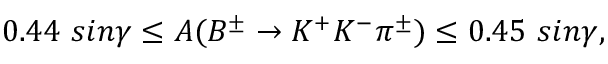
0 . 4 4 ~ s i n \gamma \leq A ( B ^ { \pm } \to K ^ { + } K ^ { - } \pi ^ { \pm } ) \leq 0 . 4 5 ~ s i n \gamma ,